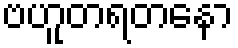
ဗဟူတရတနော